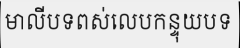
មាលីបទពស់លេបកន្ទុយបទ